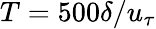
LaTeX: T=500\delta/u_{\tau}